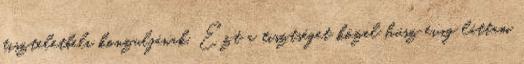
tiszteletbeli konzuljának. Ezt a tisztséget közel húsz évig láttam